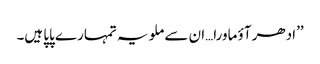
’’ادھر آؤ ماورا…ان سے ملو یہ تمہارے پاپا ہیں۔